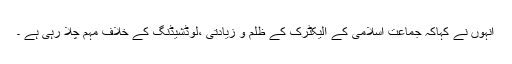
انہوں نے کہاکہ جماعت اسلامی کے الیکٹرک کے ظلم و زیادتی ،لوڈشیڈنگ کے خلاف مہم چلا رہی ہے ۔